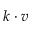
k \cdot v